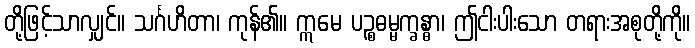
တို့ဖြင့်သာလျှင်။ သင်္ဂဟိတာ၊ ကုန်၏။ ဣမေ ပဉ္စဓမ္မက္ခန္ဓာ၊ ဤငါးပါးသော တရားအစုတို့ကို။